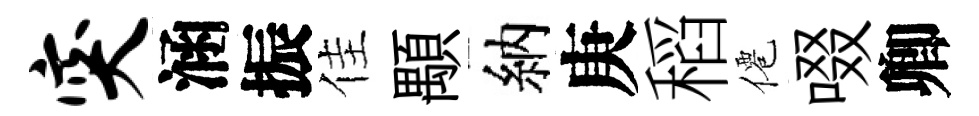
突涵振佳顒納庚稻僊啜卿